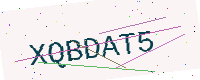
Text: XQBDAT5